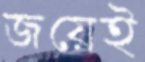
জয়েই